system: You are a helpful assistant.
user:
Analyze the provided spectrum to determine if it is a **M-type Giant (gM)**.

A M-type Giant spectrum is defined by its **strong molecular absorption** features, particularly from **Titanium Oxide (TiO)**. You must check for one of the following mutually exclusive signatures:

- **Key Visual Indicators (Absorption-Dominated Spectrum):**

    - **(Primary):** The spectrum is dominated by strong molecular absorption from **Titanium Oxide (TiO)**. This is the **defining feature** of its M-type temperature class.
        - **(Key Bandheads):** Look for sharp, "saw-tooth" absorption valleys. The strongest are located near **~7050 Å**, **~6160 Å**, and **~5170 Å**.
        - **(Line Profile):** The "saw-tooth" morphology is critical: a **sharp, steep drop on the BLUE (short-wavelength) side** of the bandhead, followed by a gradual recovery (rising flux) towards the RED (long-wavelength) side.

    - **(Key Confirmation - Giant vs. Dwarf):** **ABSENCE** of strong **Calcium Hydride (CaH)** molecular bands. This is the primary diagnostic for *excluding* M-dwarfs.
        - **(Key Region):** The spectrum should lack the strong, broad absorption band seen in dwarfs between **~6800 Å and ~7000 Å**.

    - **(Secondary Confirmation - Giant):** A very strong and broad **Neutral Calcium (Ca I)** atomic absorption line.
        - **(Key Line):** Located at **~4226 Å**. In a giant (gM), this line is significantly deeper and broader than the same line in an M-dwarf (dM) due to low surface gravity.

    - **(Overall Spectrum):**
        - The continuum is **extremely red-sloping** (i.e., flux is very low in the blue and rises dramatically towards the red).
        - The entire spectrum appears "chopped up" by the deep TiO bands.

Think first, call **spectral_visualization_tool** if needed to examine features in detail, then provide your final answer. Your response must adhere to the following strict rules:
1.  **Overall Structure:** Your response must follow the format `<think>...</think> <tool_call>...</tool_call> (if a tool is used) <answer>...</answer>`.
2.  **Tool Usage Constraint:** You may only make **one** tool call per turn.
3.  **Final Answer Format:** In the `<answer>` tag, your conclusion must be inside a `\boxed{}` command (e.g., `\boxed{YES}` or `\boxed{NO}`), followed by your justification.

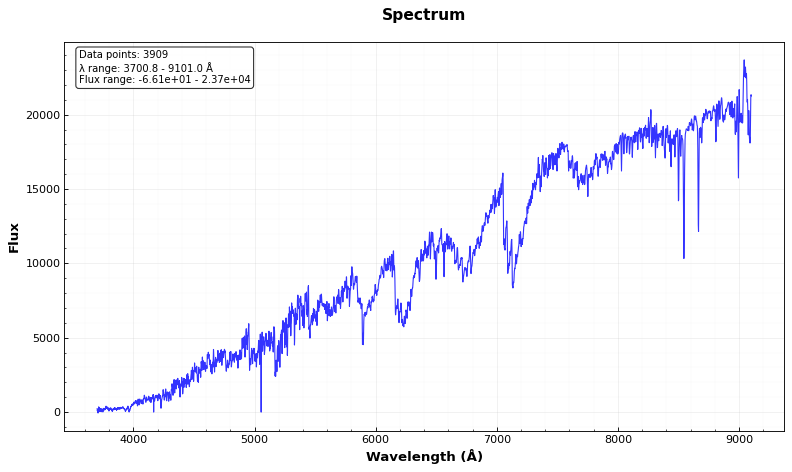
Answer: YES